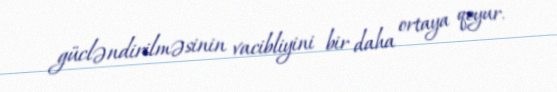
gücləndirilməsinin vacibliyini bir daha ortaya qoyur.